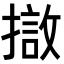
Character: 𭢖